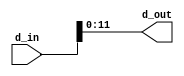
`timescale 1ns / 1ps
//////////////////////////////////////////////////////////////////////////////////
// Company: 
// Engineer: 
// 
// Design Name: 
// Module Name: data_splitter
// Project Name: 
// Target Devices: 
// Tool Versions: 
// Description: 
// 
// Dependencies: 
// 
// Revision:
// Revision 0.01 - File Created
// Additional Comments:
// 
//////////////////////////////////////////////////////////////////////////////////


module data_splitter(
    d_in, d_out
    );
    input [63:0] d_in;
    output [11:0] d_out;
    
    assign d_out = d_in[11:0];
endmodule